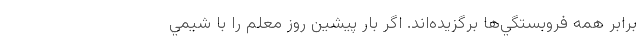
برابر همه فروبستگي‌ها برگزيده‌اند. اگر بار پيشين روز معلم را با شيمي